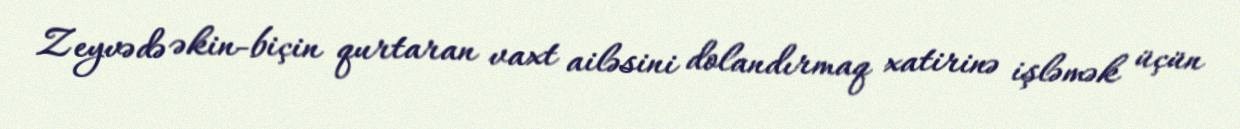
Zeyvədə əkin-biçin qurtaran vaxt ailəsini dolandırmaq xatirinə işləmək üçün